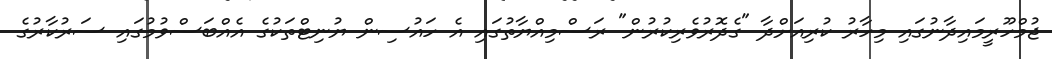
ޖުމްހޫރީމައިދާނުގައި މިހާރު ކުރިއަށްދާ "ގެދޮރުވެރިކުރުން" ރަސްމިއްޔާތުގައި އެ ހައުސިން ޔުނިޓްތަކުގެ އެއްބަސްވުމުގައި ސަރުކާރުގެ